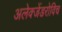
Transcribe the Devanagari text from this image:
अलेक्जेंडरोविच